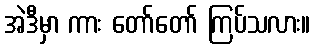
အဲဒီမှာ ကား တော်တော် ကြပ်သလား။